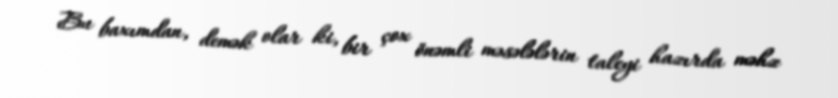
Bu baxımdan, demək olar ki, bir çox önəmli məsələlərin taleyi hazırda məhz